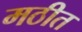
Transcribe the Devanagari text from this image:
मठीत